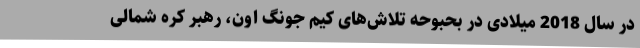
در سال 2018 میلادی در بحبوحه تلاش‌های کیم‌ جونگ‌ اون، رهبر کره شمالی